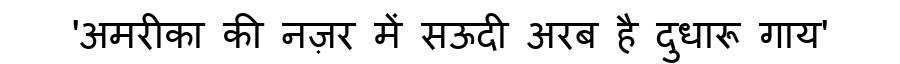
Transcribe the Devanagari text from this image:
'अमरीका की नज़र में सऊदी अरब है दुधारू गाय'